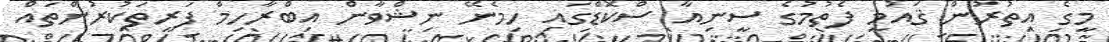
މީގެ އިތުރުން ޤައުމީ ފެތުމުގެ ސީނިއާ ސްކޮޑްގައި ހިމެނޭ ނިޝްވާން އިބްރާހިމް ފަރިތަކުރުންތައް